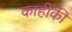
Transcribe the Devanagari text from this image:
काहीकी